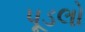
પૂડલો